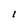
Character: l